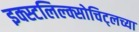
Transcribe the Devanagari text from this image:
इक्स्टलिल्क्सोचिट्लच्या